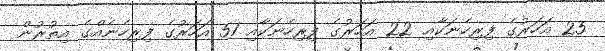
25 އަހަރުގެ ފިރިހެނަކާއި 22 އަހަރުގެ ފިރިހެނަކާއި 51 އަހަރުގެ ފިރިހެނެއްގެ އިތުރުން